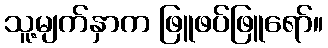
သူ့မျက်နှာက ဖြူဖပ်ဖြူရော်။